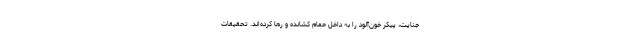
جنایت، پیکر خون‌آلود را به داخل حمام کشانده و رها کرده‌اند. تحقیقات